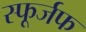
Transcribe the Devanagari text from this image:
स्फूर्जफ